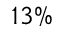
1 3 \%